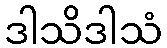
ဒါသိဒါသံ